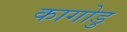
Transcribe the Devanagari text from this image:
कागोडु